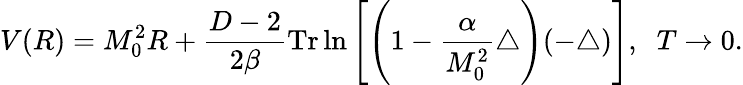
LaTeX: V(R)=M_{0}^{2}R+\frac{D-2}{2\beta}\mathrm{Tr}\ln\left[\left(1-\frac{\alpha}{M_{0}^{2}}\triangle\right)(-\triangle)\right],\; \; T\to 0.